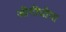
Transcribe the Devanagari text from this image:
जोगीघोपा